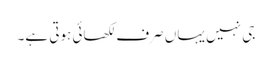
جی نہیں یہاں صرف لکھائی ہوتی ہے۔